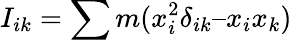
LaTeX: I_{ik}=\sum m(x_{i}^{2}\delta_{ik}–x_{i}x_{k})